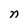
Character: n